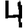
Digit: 4